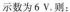
示数为6V。则：